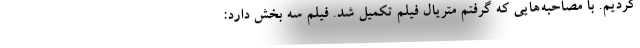
کردیم. با مصاحبه‌هایی که گرفتم متریال فیلم تکمیل شد. فیلم سه بخش دارد: